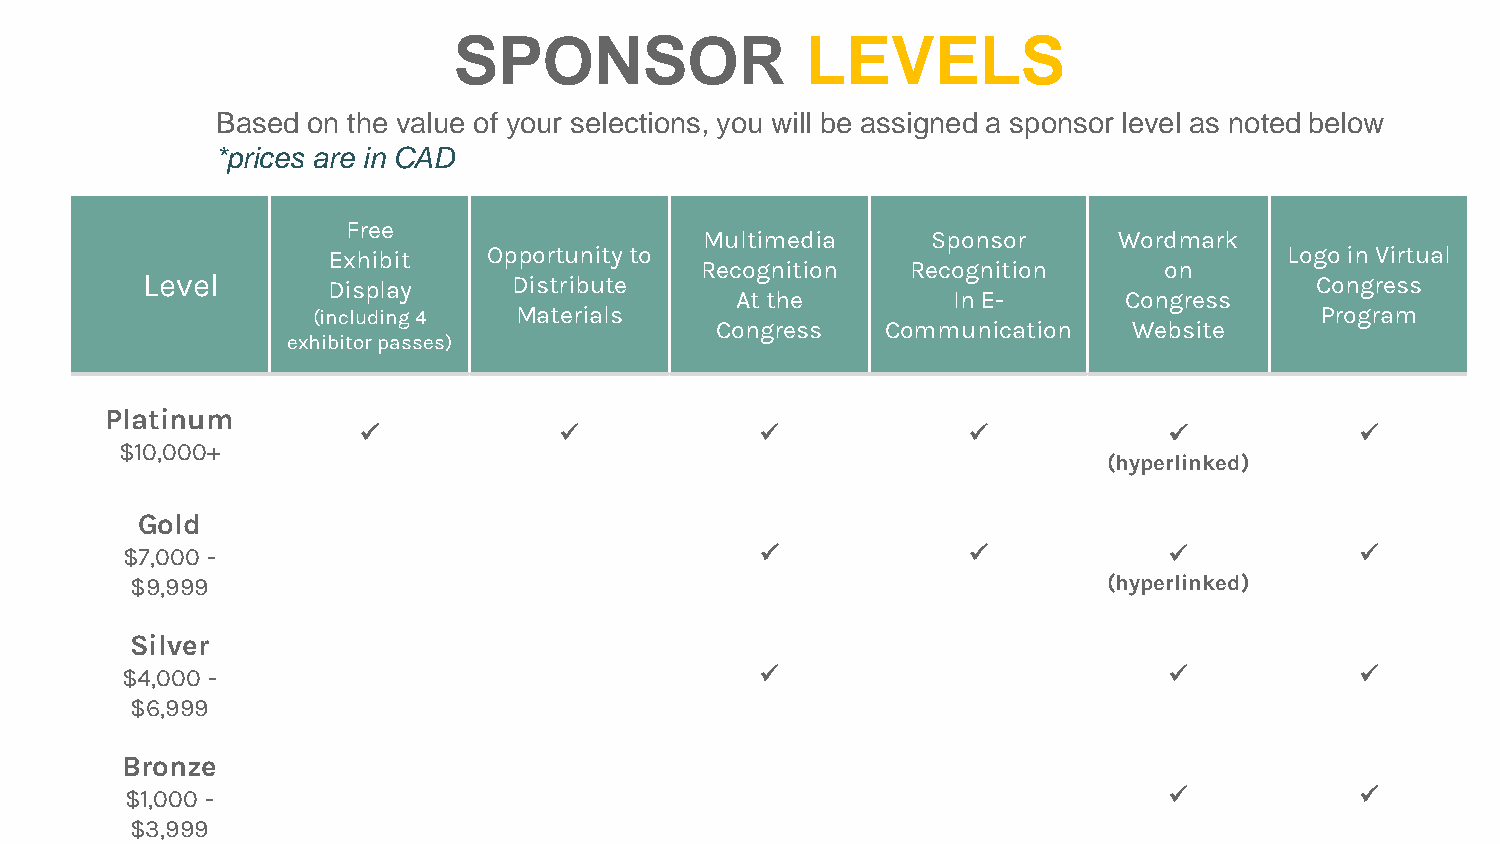
SPONSOR                LEVELS
 Based on the value of your selections, you will be assigned a sponsor level as noted below
 *prices are in CAD
 Free
 Multimedia     Sponsor     Wordmark
 Exhibit   Opportunity to                                       Logo in Virtual
 Recognition   Recognition      on
 Level        Display     Distribute                                           Congress
 Atthe         In E-      Congress
 (including 4 Materials                                            Program
 Congress    Communication   Website
 exhibitor passes)
 Platinum
 ✓            ✓            ✓             ✓            ✓            ✓
 $10,000+
 (hyperlinked)
 Gold
 $7,000 -                                  ✓             ✓            ✓            ✓
 $9,999                                                          (hyperlinked)
 Silver
 $4,000 -                                  ✓                          ✓            ✓
 $6,999
 Bronze
 $1,000 -                                                             ✓            ✓
 $3,999